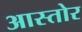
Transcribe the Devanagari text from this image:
आस्तोर